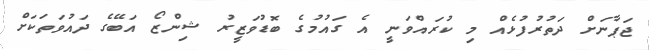
ޖަޕާނަށް ދަތުރުފުޅެއް މި ކުރައްވަނީ އެ ގައުމުގެ ބޮޑުވަޒީރު ޝިންޒޯ އަބޭގެ ދައުވަތަކަށް